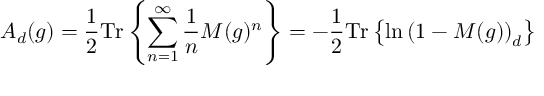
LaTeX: A _ { d } ( g ) = \frac { 1 } { 2 } \mathrm { T r } \left\{ \sum _ { n = 1 } ^ { \infty } { \frac { 1 } { n } } M ( g ) ^ { n } \right\} = - \frac { 1 } { 2 } \mathrm { T r } \left\{ \ln \left( 1 - M ( g ) \right) _ { d } \right\}